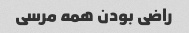
راضی بودن همه مرسی